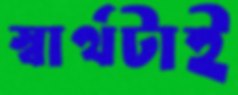
স্বার্থটাই